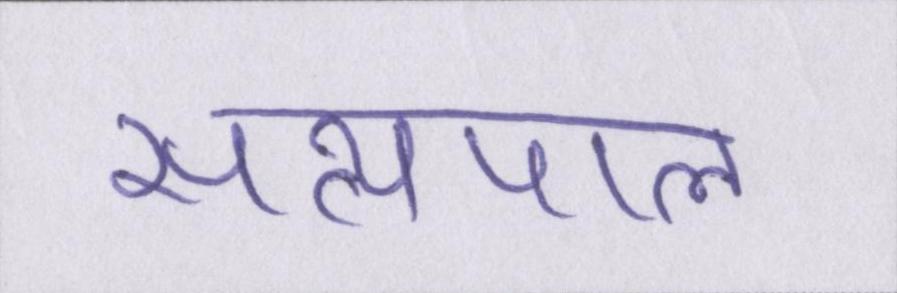
सत्यपाल